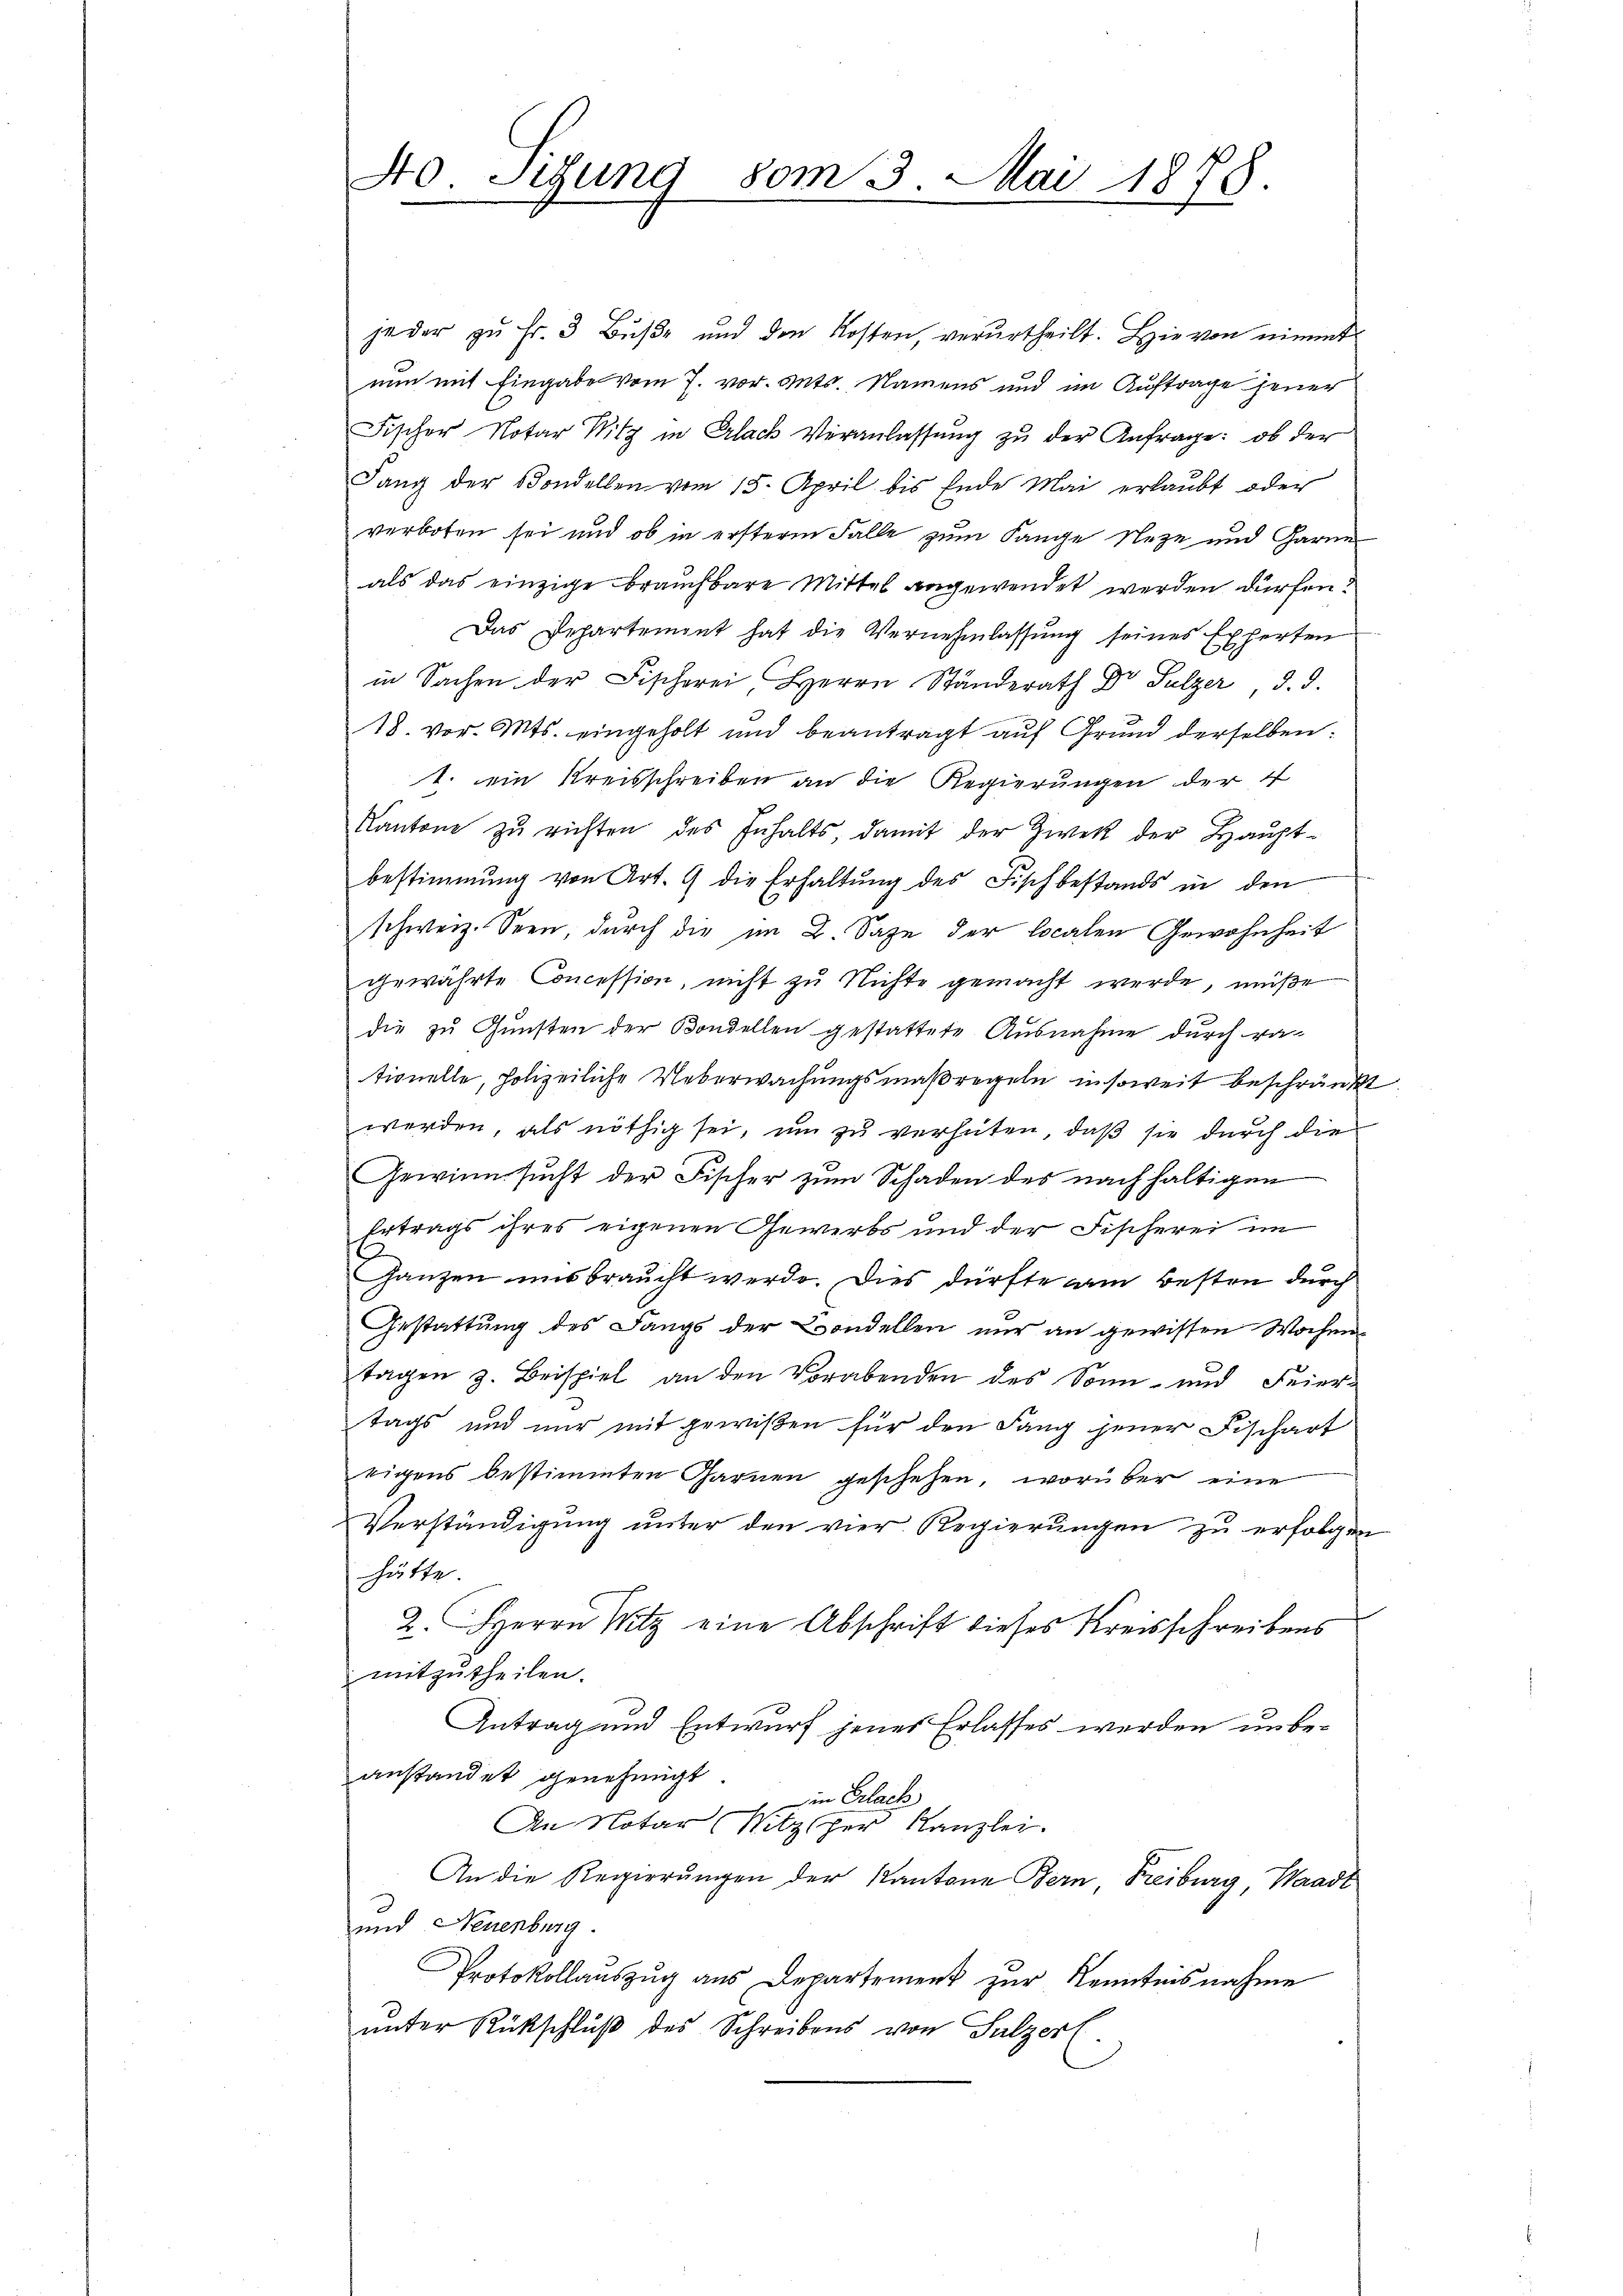
40. Sitzung vom 3. Mai 1875.

jeder zu Fr. 3 Buße und den Kosten, verurtheilt. Hievon nimmt
nun mit Eingabe vom 7. vor. Mts. Namens und im Auftrage jener
Fischer Notar Witz in Erlach Veranlassŭng zŭ der Anfrage: ob der
Lang der Sondellen vom 15. April bis Ende Mai erlaubt oder
verboten sei und ob in ersterm Falle zum Lange Neze und Garne
als das einzige brauchbare Mittel angewendet werden dürfen:
Das Departement hat die Vernehmlassŭng seines Experten
in Sachen der Fischerei Herrn Ständerath Dr Sulzer, d. d.
18. vor. Mts. eingeholt und beantragt auf Grund derselben:
1. ein Kreisschreiben an die Regierungen der 4
Kantone zŭ richten des Inhalts, damit der Zwek der Hauptbestimmung von Art. 9 die Erhaltŭng des Fisch bestands in den
schweiz. Seen, durch die im L. Sage der localen Gewohnheit
gewährte Concession, nicht zu Nichte gemacht werde, müße
die zu Gunsten der Bondellen gestattete Ausnahme durch ra-
tionelle, polizeiliche Ueberwachungsmaßregeln insoweit beschränkt
werden, als nöthig sei, um zu verhüten, daß sie durch die
Gewinnsucht der Fischer zum Schaden des nach haltigen
Ertrags ihres eigenen Gewerbs und der Fischerei im
Ganzen uns braucht werde. Dies dürfte am Besten durch
Gestattung des Langs der Bandellen nur an gewissen Wochen
tagen z. Beispiel an den Vorabenden des Sonn- und Feier-
tags und nur mit gewißen für den Lang jener Fischart
eigens bestimmten Garnen geschehen, worüber eine
Verständigung unter den vier Regierungen zu erfolgen
hätte.
2. Herrn Mit eine Abschrift dieses Kreisschreibens
mitzutheilen.
Antrag und Entwurf jenes Erlasses werden unbeanstandet genehmigt
1 in Erlach
An Notar (Nitzscher Kanzlei.
An die Regierungen der Kantone Bern, Freiburg, Waadt
und Neuenburg.
Protokollauszug aus Departement zur Kenntnisnahme
ŭnter Rückschlŭβ des Schreibens von Sulzer.

e